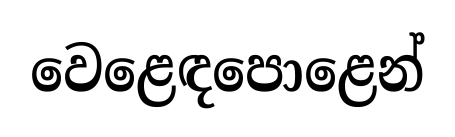
වෙළෙඳපොළෙන්